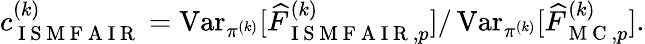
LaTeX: \begin{array}{r}{c_{\mathrm{~I~S~M~F~A~I~R~}}^{(k)}=\operatorname{Var}_{\pi^{(k)}}[\widehat{F}_{\mathrm{~I~S~M~F~A~I~R~},p}^{(k)}]/\operatorname{Var}_{\pi^{(k)}}[\widehat{F}_{\mathrm{~M~C~},p}^{(k)}].}\end{array}